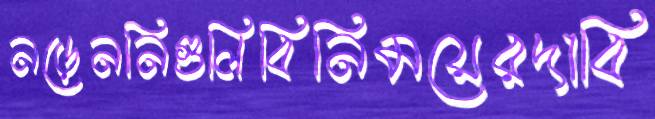
নড়েননিগুলিবিনিময়েরদাবি